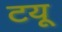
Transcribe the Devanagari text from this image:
टयू